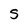
Character: s